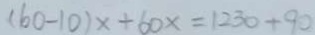
( 6 0 - 1 0 ) x + 6 0 x = 1 2 3 0 + 9 0